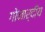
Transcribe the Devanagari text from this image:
गोनार्दीय